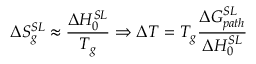
\Delta S _ { g } ^ { S L } \approx \frac { \Delta H _ { 0 } ^ { S L } } { T _ { g } } \Rightarrow \Delta T = T _ { g } \frac { \Delta G _ { p a t h } ^ { S L } } { \Delta H _ { 0 } ^ { S L } }